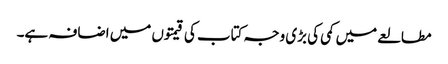
مطالعے میں کمی کی بڑی وجہ کتاب کی قیمتوں میں اضافہ ہے۔